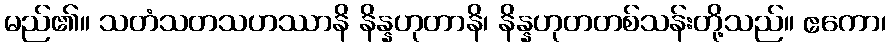
မည်၏။ သတံသတသဟဿာနိ နိန္နဟုတာနိ၊ နိန္နဟုတတစ်သန်းတို့သည်။ ဧကော၊